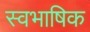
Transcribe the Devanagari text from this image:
स्वभाषिक